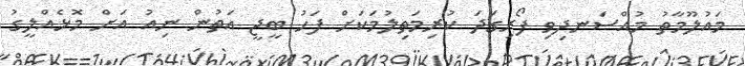
މައުލޫމާތު މުއްސަނދިވި ފޯރިގަދަ ކުރިމަތިލުމަކަށް ފަހު ބީޖީ އަތުން ނިއު އަށް މޮޅެއްލީގު